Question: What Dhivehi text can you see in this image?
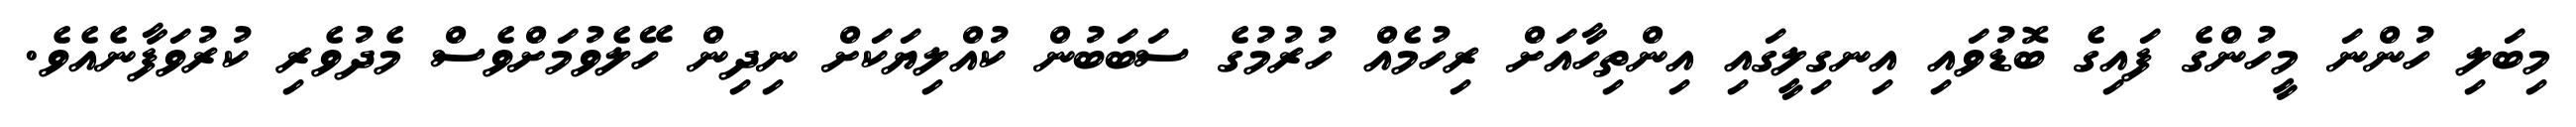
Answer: މިބަލި ހުންނަ މީހުންގެ ފައިގެ ބޮޑުވައި އިނގިލީގައި އިންތިހާއަށް ރިހުމެއް ހުރުމުގެ ސަބަބުން ކުއްލިޔަކަށް ނިދިން ހޭލެވުމަށްވެސް މެދުވެރި ކުރުވަފާނެއެވެ.